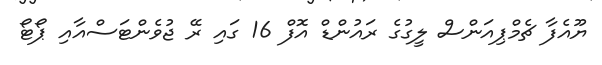
ޔޫއެފާ ޗެމްޕިއަންސް ލީގުގެ ރައުންޑް އޮފް 16 ގައި ރޭ ޖުވެންޓަސްއާއި ޕޯޓޯ